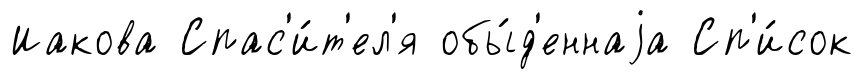
Иакова Спас'и́т'ел'я обы́д'еннаjа Сп'и́сок